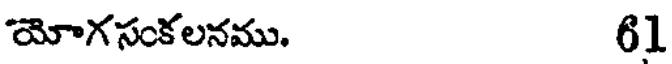
యోగసంకలనము. 61